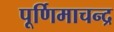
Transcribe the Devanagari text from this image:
पूर्णिमाचन्द्र